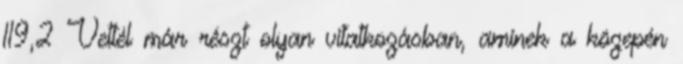
119,2 Vettél már részt olyan vitatkozásban, aminek a közepén